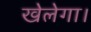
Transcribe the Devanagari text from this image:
खेलेगा।